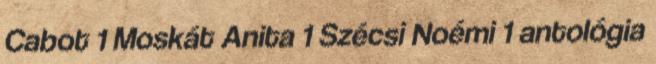
Cabot 1 Moskát Anita 1 Szécsi Noémi 1 antológia